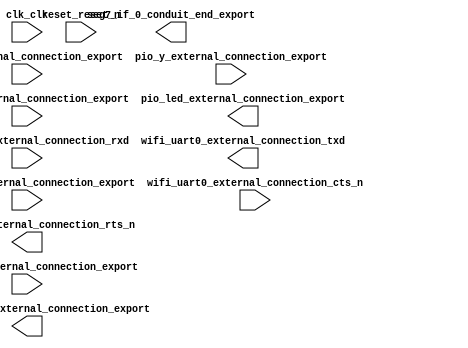

module RFS_WiFi (
	clk_clk,
	pio_height_external_connection_export,
	pio_key_external_connection_export,
	pio_led_external_connection_export,
	pio_width_external_connection_export,
	pio_wifi_reset_external_connection_export,
	pio_x_external_connection_export,
	pio_y_external_connection_export,
	reset_reset_n,
	seg7_if_0_conduit_end_export,
	wifi_uart0_external_connection_rxd,
	wifi_uart0_external_connection_txd,
	wifi_uart0_external_connection_cts_n,
	wifi_uart0_external_connection_rts_n);	

	input		clk_clk;
	input	[11:0]	pio_height_external_connection_export;
	input	[1:0]	pio_key_external_connection_export;
	output	[3:0]	pio_led_external_connection_export;
	input	[11:0]	pio_width_external_connection_export;
	output		pio_wifi_reset_external_connection_export;
	input	[11:0]	pio_x_external_connection_export;
	input	[11:0]	pio_y_external_connection_export;
	input		reset_reset_n;
	output	[47:0]	seg7_if_0_conduit_end_export;
	input		wifi_uart0_external_connection_rxd;
	output		wifi_uart0_external_connection_txd;
	input		wifi_uart0_external_connection_cts_n;
	output		wifi_uart0_external_connection_rts_n;
endmodule